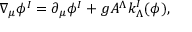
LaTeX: \nabla _ { \mu } \phi ^ { I } = \partial _ { \mu } \phi ^ { I } + g { \cal A } ^ { \Lambda } k _ { \Lambda } ^ { I } ( \phi ) ,